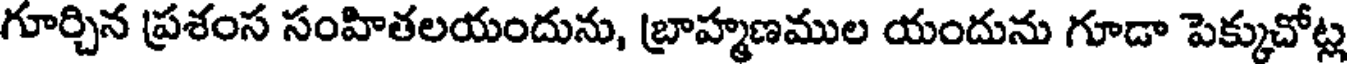
గూర్చిన ప్రశంస సంహితలయందును, బ్రాహ్మణముల యందును గూడా పెక్కుచోట్ల